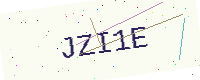
Text: JZI1E